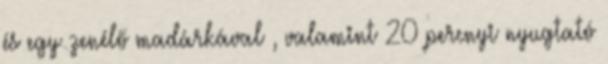
és egy zenélő madárkával , valamint 20 percnyi nyugtató